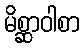
မိစ္ဆာဝါစာ